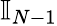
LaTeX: {\mathbb I}_{N-1}